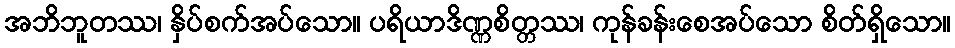
အဘိဘူတဿ၊ နှိပ်စက်အပ်သော။ ပရိယာဒိဏ္ဏစိတ္တဿ၊ ကုန်ခန်းစေအပ်သော စိတ်ရှိသော။